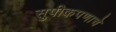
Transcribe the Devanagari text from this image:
सुपीकपणाचे